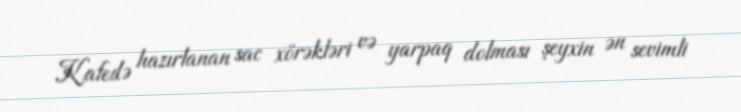
Kafedə hazırlanan sac xörəkləri və yarpaq dolması şeyxin ən sevimli